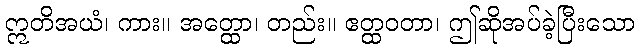
ဣတိအယံ၊ ကား။ အတ္ထော၊ တည်း။ ဧတ္ထဝတာ၊ ဤဆိုအပ်ခဲ့ပြီးသော